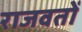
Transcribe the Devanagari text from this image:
राजवतों